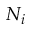
N _ { i }